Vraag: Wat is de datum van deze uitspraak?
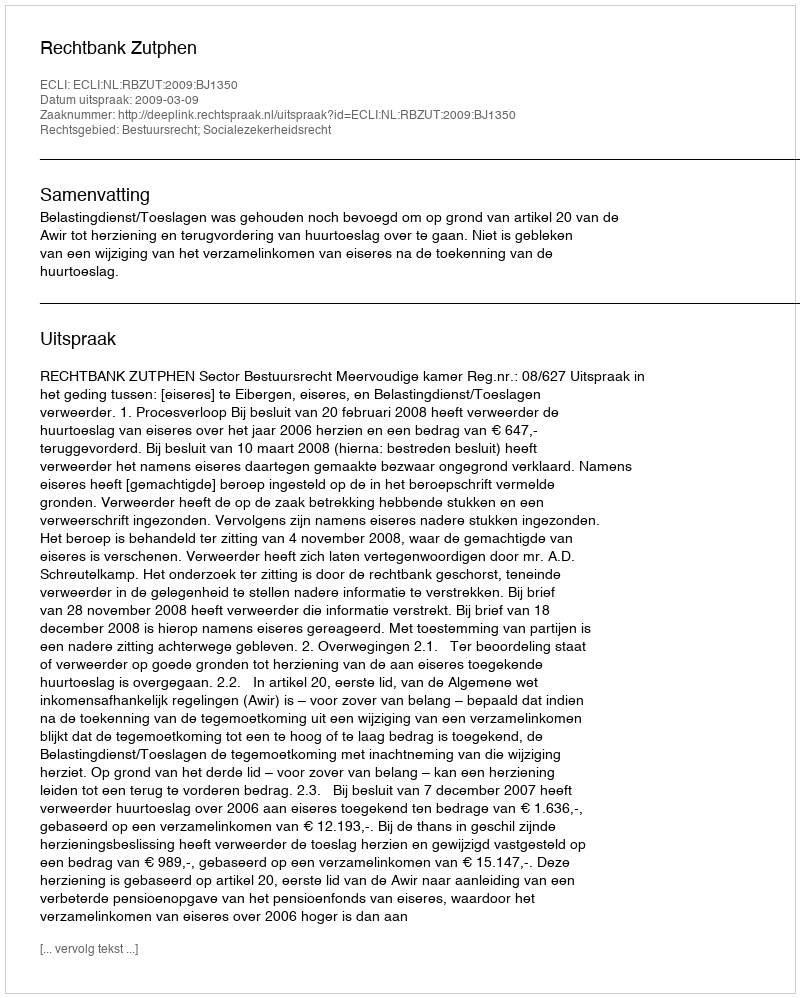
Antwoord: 2009-03-09